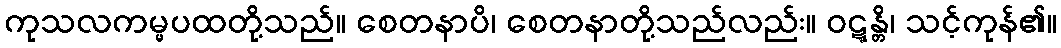
ကုသလကမ္မပထတို့သည်။ စေတနာပိ၊ စေတနာတို့သည်လည်း။ ဝဋ္ဋန္တိ၊ သင့်ကုန်၏။